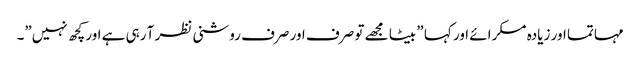
مہاتما اور زیادہ مسکرائے اور کہا ” بیٹا مجھے تو صرف اور صرف روشنی نظر آ رہی ہے اور کچھ نہیں”۔